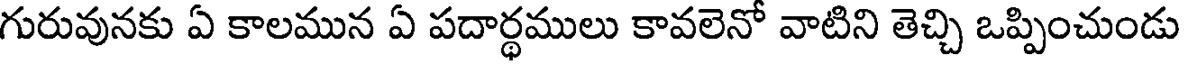
గురువునకు ఏ కాలమున ఏ పదార్థములు కావలెనో వాటిని తెచ్చి ఒప్పించుండు